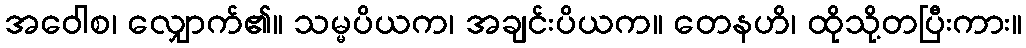
အဝေါစ၊ လျှောက်၏။ သမ္မပိယက၊ အချင်းပိယက။ တေနဟိ၊ ထိုသို့တပြီးကား။